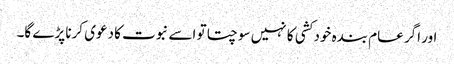
اور اگر عام بندہ خود کشی کا نہیں سوچتا تو اسے نبوت کا دعوی کرنا پڑے گا۔